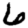
Digit: 6